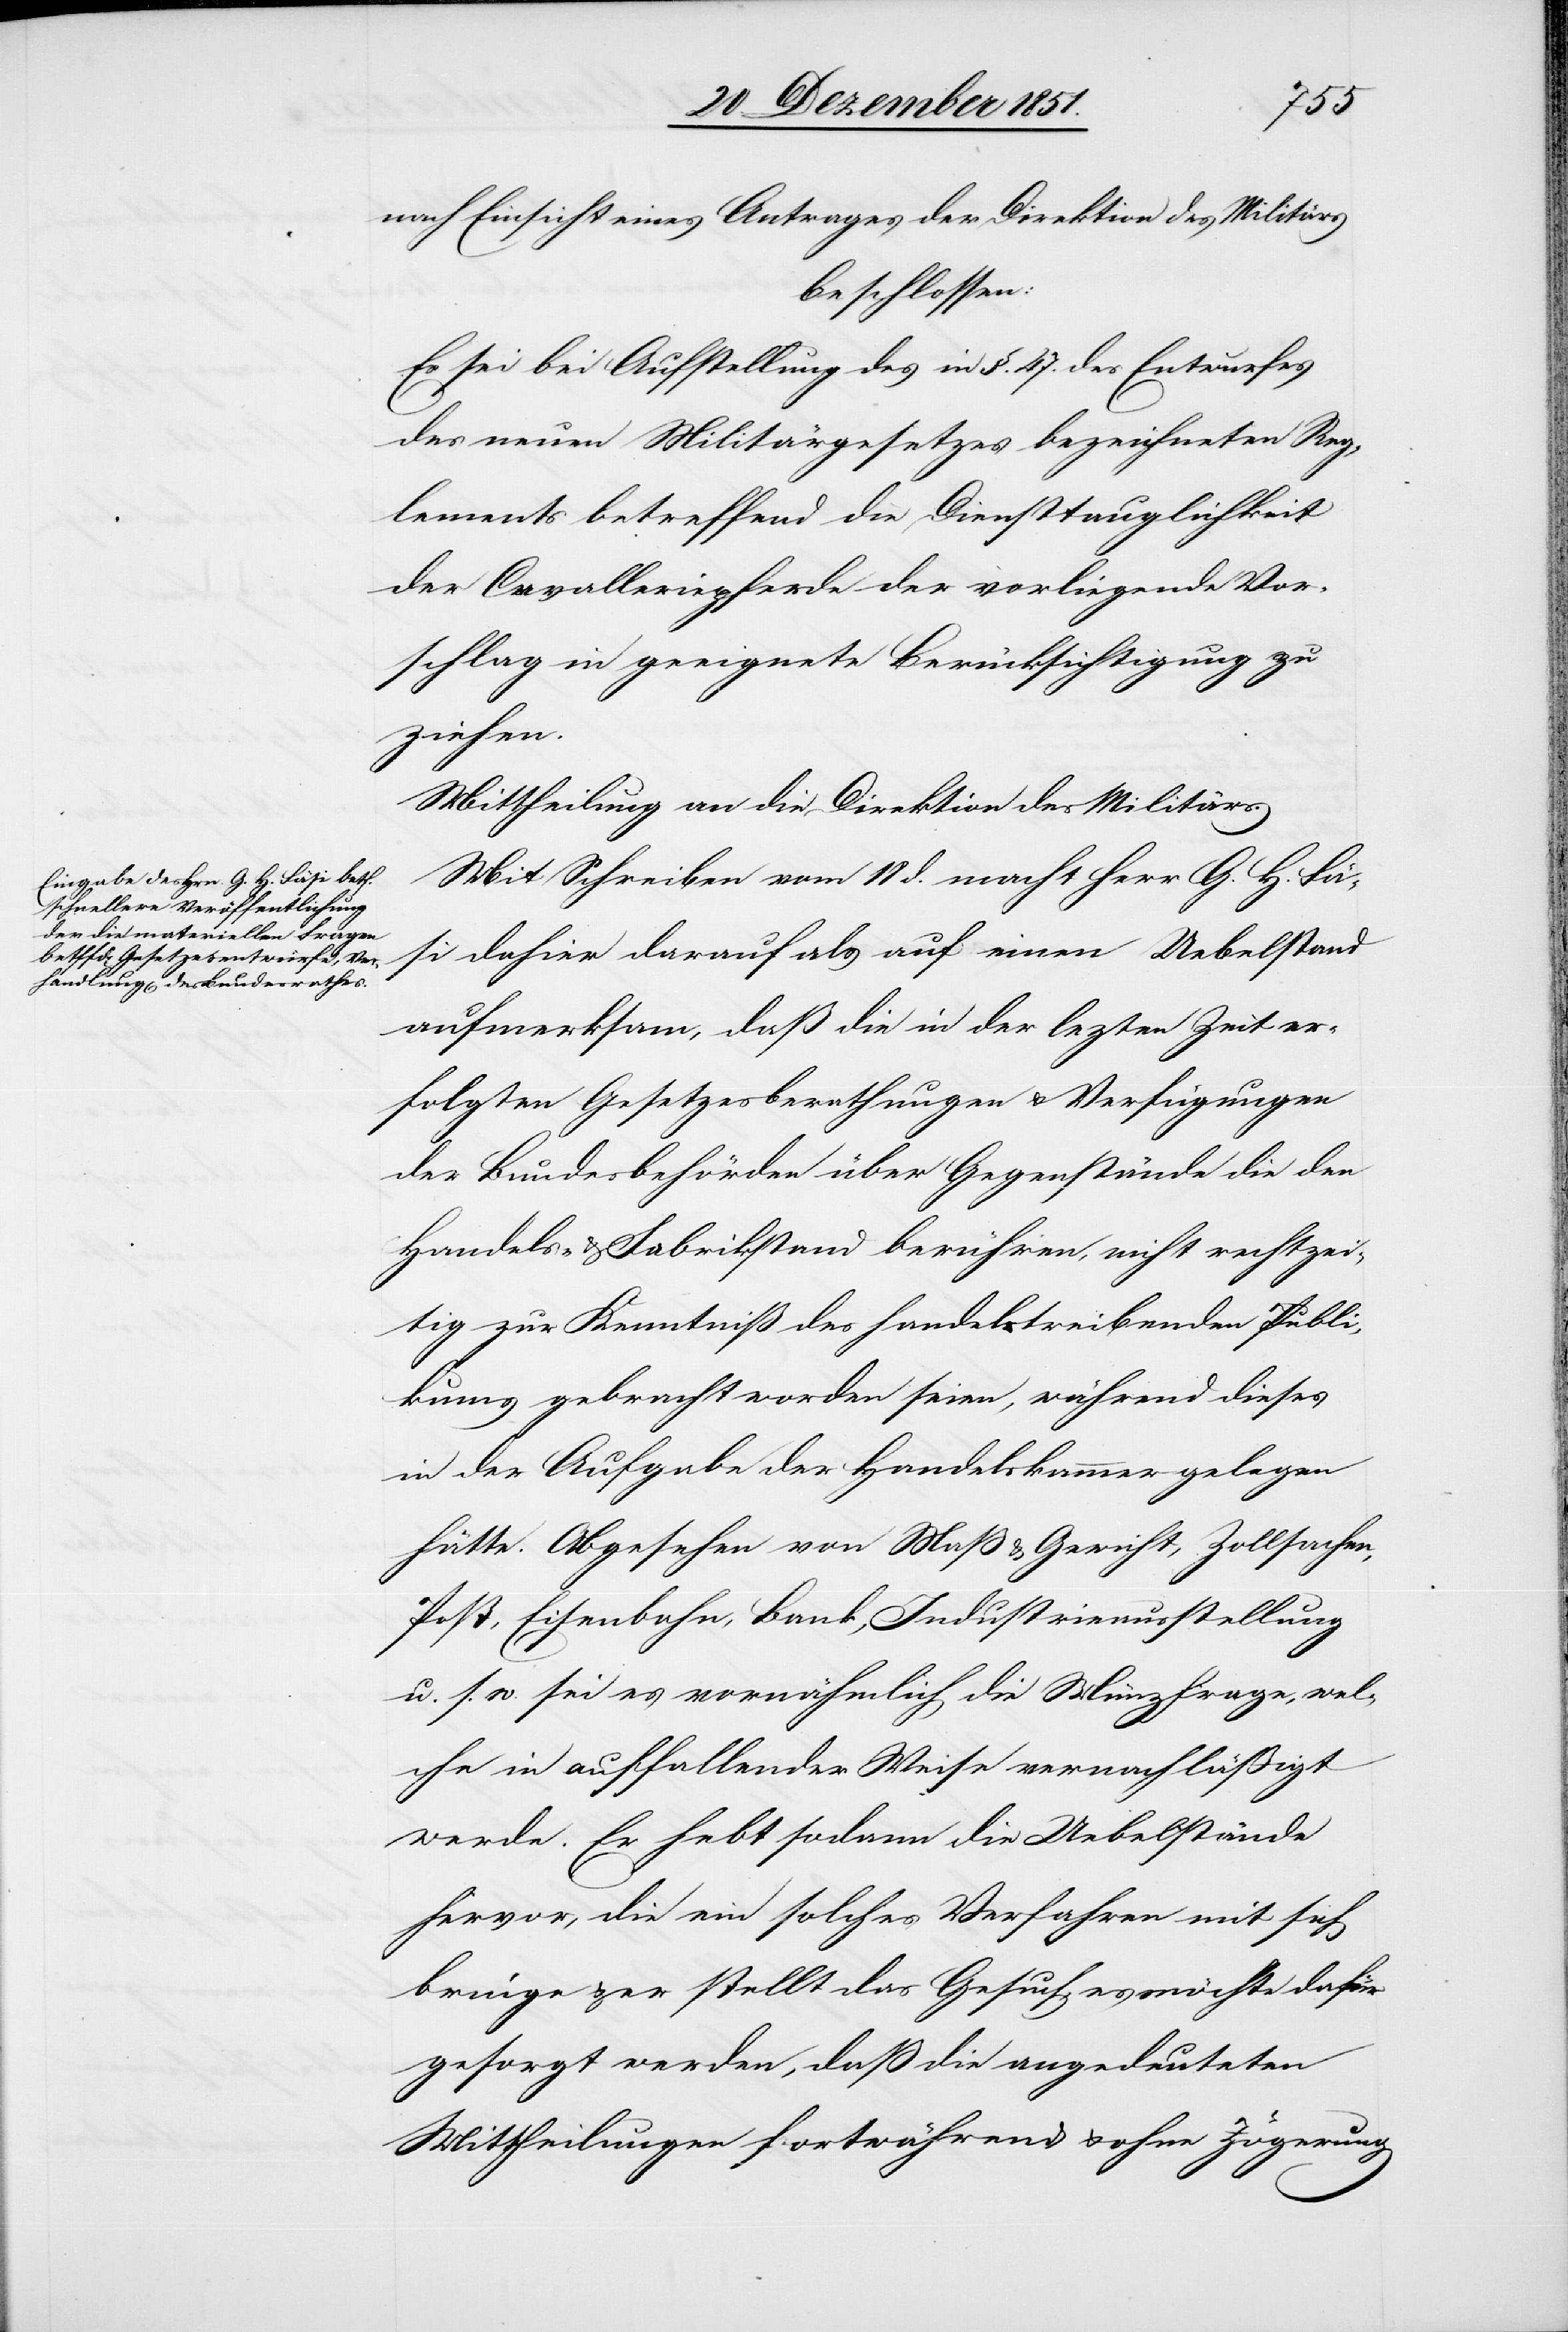
nach Einsicht eines Antrages der Direktion des Militärs
beschlossen:
Es sei bei Aufstellung des in §. 47. des Entwurfes
des neuen Militärgesetzes bezeichneten Reg¬
lements betreffend die Diensttauglichkeit
der Cavalleriepferde der vorliegende Vor¬
schlag in geeignete Berücksichtigung zu
ziehen.
Mittheilung an die Direktion des Militärs.
Mit Schreiben vom 18 d. macht Herr G. H. Fä¬
si dahier darauf als auf einen Uebelstand
aufmerksam, daß die in der le[t]zten Zeit er¬
folgten Gesetzesberathungen & Verfügungen
der Bundesbehörden über Gegenstände die den
Handels- & Fabrikstand berühren, nicht rechtzei¬
tig zur Kenntniß des handeltreibenden Publi¬
kums gebracht worden seien, während dieses
in der Aufgabe der Handelskammer gelegen
hätte. Abgesehen von Maß & Gewicht, Zollsachen,
Post, Eisenbahn, Bank, Industrieausstellung
u. s. w. sei es vornähmlich die Münzfrage, wel¬
che in auffallender Weise vernachläßigt
werde. Er hebt sodann die Uebelstände
hervor, die ein solches Verfahren mit sich
bringe & er stellt das Gesuch, es möchte dafür
gesorgt werden, daß die angedeuteten
Mittheilungen fortwährend & ohne Zögerung